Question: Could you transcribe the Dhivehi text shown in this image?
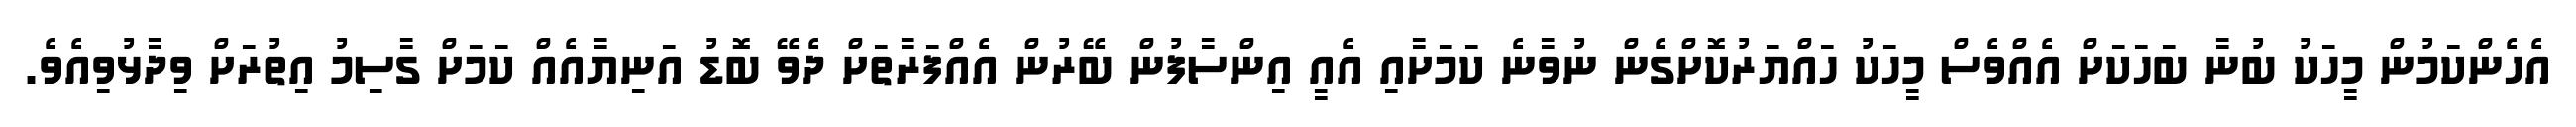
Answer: އެހެންކަމުން މީހަކު ބުނާ ބަހަކަށް އެއްވެސް މީހަކު ހައްޔަރުކޮށްގެން ނުވާނެ ކަމަށާއި އެއީ އިންސާފުން ބޭރުން އެއްފަރާތަށް ދެވޭ ބޮޑު އަނިޔާއެއް ކަމަށް ގާސިމު އިތުރަށް ވިދާޅުވިއެވެ.